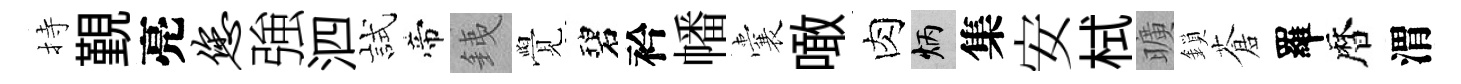
持覲亮您強泗試帝銕覺碧衿幡囊噉肉炳集安栻曠鎖蒼羅暦渭